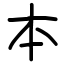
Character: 本